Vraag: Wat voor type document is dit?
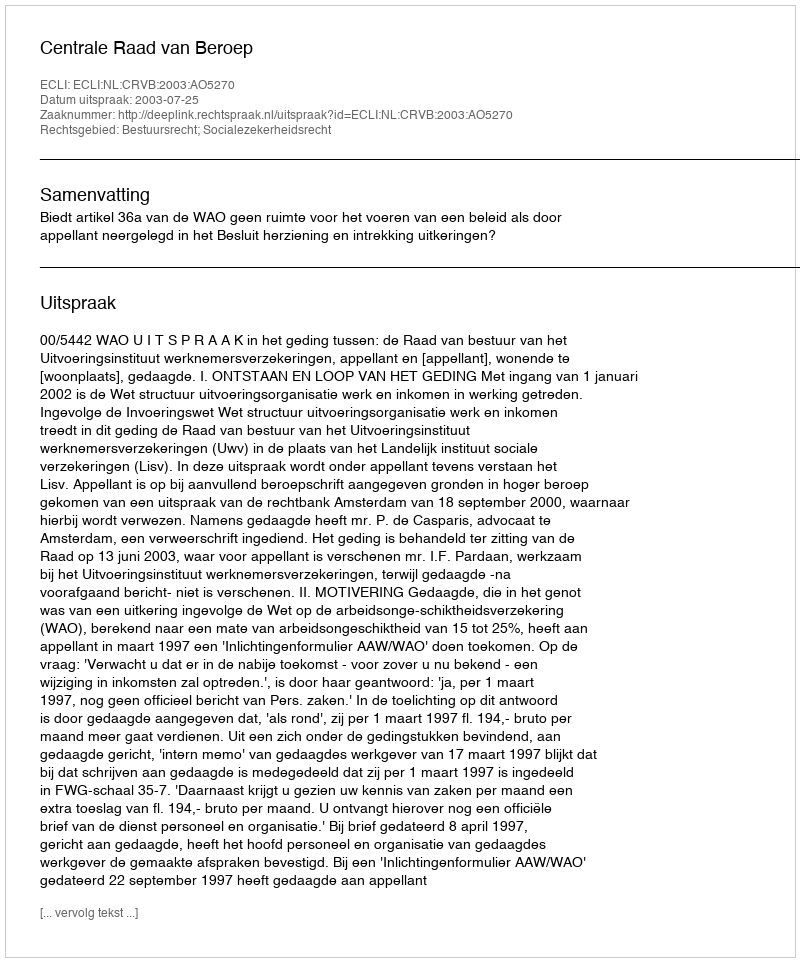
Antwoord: Uitspraak